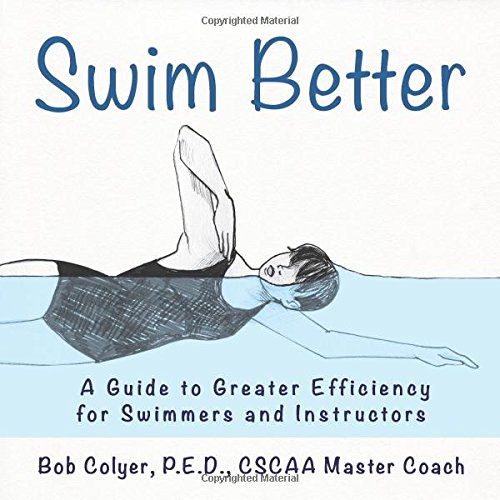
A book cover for Swim Better: A Guide to Greater Efficiency for Swimmers and Instructors; Robert Colyer; Health, Fitness & Dieting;